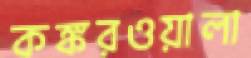
কঙ্করওয়ালা